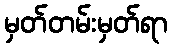
မှတ်တမ်းမှတ်ရာ